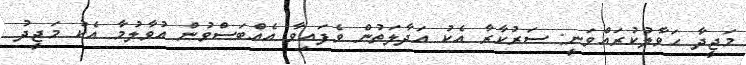
މަޖީދާ ހަވާލުކުރައްވަނީ: ސަރުކާރާ އެކު އަދާލަތުން ވެފައިވާ އެއްބަސްވުން އުވާލުމާ އެކު މަޖީދު